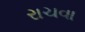
રાચવા